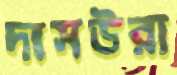
দাসউরা